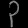
Digit: ၃